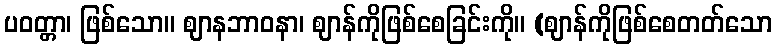
ပဝတ္တာ၊ ဖြစ်သော။ ဈာနဘာဝနာ၊ ဈာန်ကိုဖြစ်စေခြင်းကို။ (ဈာန်ကိုဖြစ်စေတတ်သော